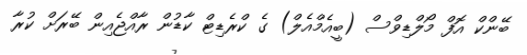
ބޭންކް އޮފް މޯލްޑިވްސް (ބީއެމްއެލް) ގެ ކްރެޑިޓް ކާޑުން ރާއްޖެއިން ބޭރަށް ކުރާ